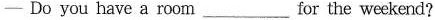
—Do you have a room ___ for the weekend?